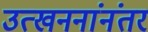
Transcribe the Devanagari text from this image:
उत्खननांनंतर